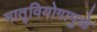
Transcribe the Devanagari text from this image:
मातृवियोगामुळे